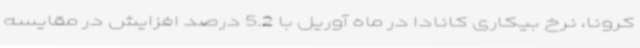
کرونا، نرخ بیکاری کانادا در ماه آوریل با 5.2 درصد افزایش در مقایسه